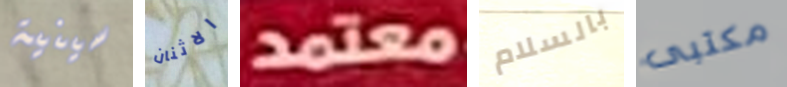
سينية الاثنان معتمد بالسلام مكتبى